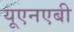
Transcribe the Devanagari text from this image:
यूएनएबी